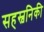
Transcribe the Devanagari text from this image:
सहस्वनिकी